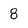
Character: 8